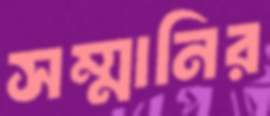
সম্মানির